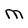
Character: M